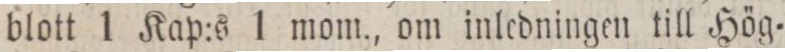
blott 1 Kap:s 1 mom., om inledningen till Hög=